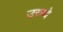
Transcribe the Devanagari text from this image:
उरुग्‍वे